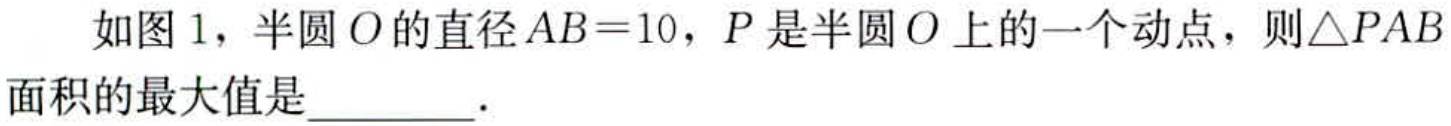
如图 1，半圆\(O\)的直径\(AB = 10\)，\(P\)是半圆\(O\)上的一个动点，则\(\triangle PAB\)面积的最大值是  ．